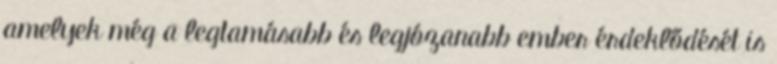
amelyek még a legtamásabb és legjózanabb ember érdeklődését is